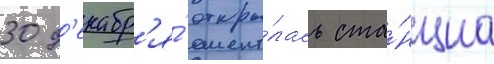
30 д'екабр'я́ откры́лась ста́нциа